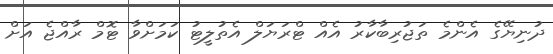
ދުނިޔޭގެ އެންމެ ތަޖުރިބާކާރު އެއް ޓްރަޔަލް އެތުލީޓު ކަމަށްވާ ޓޮމް ރާއްޖެ އަށް